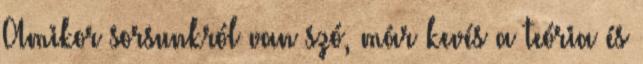
Amikor sorsunkról van szó, már kevés a teória és